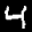
Label: 4